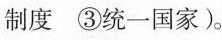
制度③统一国家)。